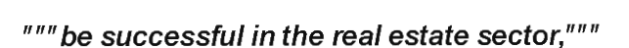
"""be successful in the real estate sector,"""